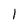
Character: 1